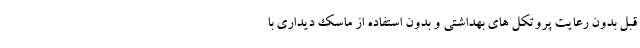
قبل بدون رعایت پروتکل های بهداشتی و بدون استفاده از ماسک دیداری با